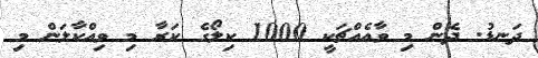
ދަނޑު. ދެން މި ވާއެއްޗަކީ 1000 ކިލޯގެ ކަރާ މި ވިއްކާލަން މި